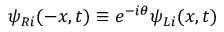
\psi _ { R i } ( - x , t ) \equiv e ^ { - i \theta } \psi _ { L i } ( x , t )